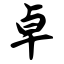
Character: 卓